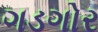
ગડગોર